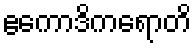
ဧကောဒိကရောတိ